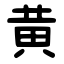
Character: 黄